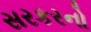
સરકરનો